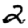
Digit: 2